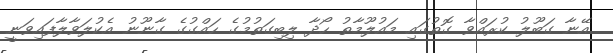
އޭނާ ގަބޫލު ކުރައްވާ ގޮތުގައި މައުލޫމާތު ހޯދާ ލިބިގަތުމުގެ ހައްގުގެ ގާނޫނު އެކުލަވާލާފައިވަނީ